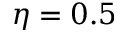
\eta = 0 . 5